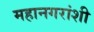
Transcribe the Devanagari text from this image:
महानगरांशी